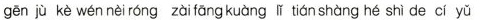
gēnjù kè wén nèi róng zài tāng kuàng li tián shàng hé shì de cí yǔ